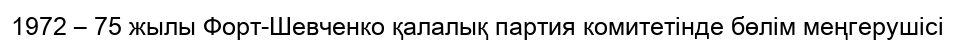
1972 – 75 жылы Форт-Шевченко қалалық партия комитетінде бөлім меңгерушісі